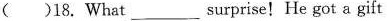
( )18. What___surprise! He got a gift